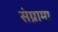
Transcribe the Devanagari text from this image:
संग्रामा